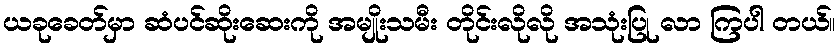
ယခုခေတ်မှာ ဆံပင်ဆိုးဆေးကို အမျိုးသမီး တိုင်းလိုလို အသုံးပြု လာ ကြပါ တယ်။